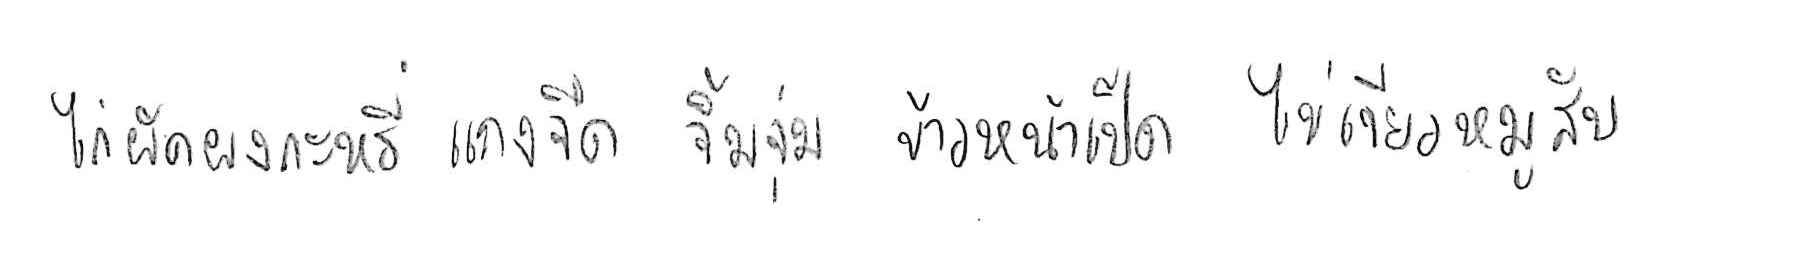
ไก่ผัดผงกะหรี่ แกงจืด จิ้มจุ่ม ข้าวหน้าเป็ด ไข่เจียวหมูสับ